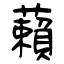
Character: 藾